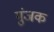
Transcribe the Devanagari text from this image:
गुंजक